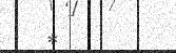
*